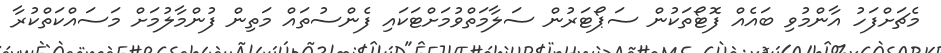
މެޗަށްފަހު އާންމުވި ބައެއް ފޮޓޯތަކުން ސަޕޯޓަރުން ސަލާމަތްވުމަށްޓަކައި ފެންސުތައް މަތިން ފުންމާލުމަށް މަސައްކަތްކުރާ